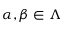
\alpha , \beta \in \Lambda